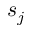
s _ { j }